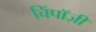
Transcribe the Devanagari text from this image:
चिंपाॅज़ी